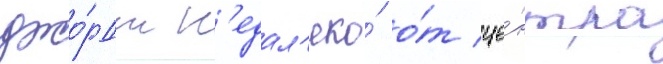
джо́рдж н'едал'еко́ о́т це́нтра